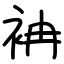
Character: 袡